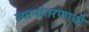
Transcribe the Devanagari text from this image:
स्थानांतरणाची